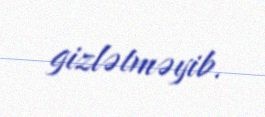
gizlətməyib.